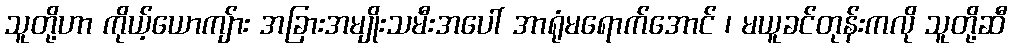
သူတို့ဟာ ကိုယ့်ယောကျ်ား အခြားအမျိုးသမီးအပေါ် အာရုံမရောက်အောင် ၊ မယူခင်တုန်းကလို သူတို့ဆီ